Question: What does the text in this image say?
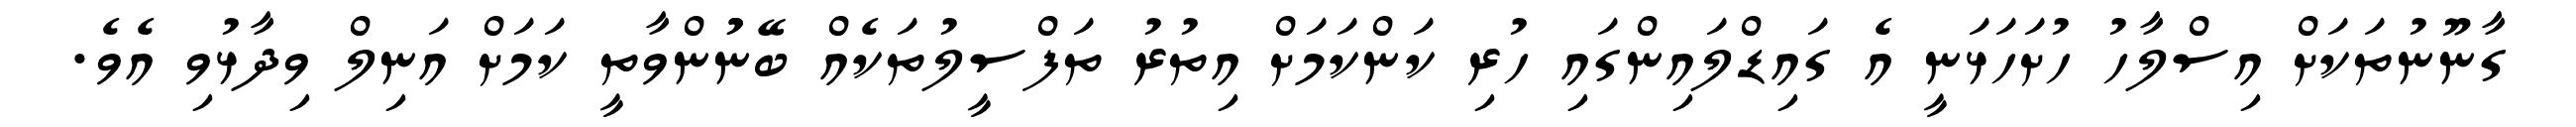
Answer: ގާނޫނުތަކަށް އިސްލާހު ހުށަހަޅަނީ އެ ގައިޑްލައިންގައި ހުރި ކަންކަމަށް އިތުރު ތަފްސީލުތަކެއް ބޭނުުންވާތީ ކަމަށް އަނިލް ވިދާޅުވި އެވެ.